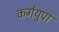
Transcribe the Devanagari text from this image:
कर्गयुपा